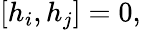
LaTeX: [h_{i},h_{j}]=0,